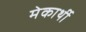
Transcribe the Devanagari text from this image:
मेकार्थी